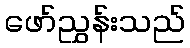
ဖော်ညွှန်းသည်